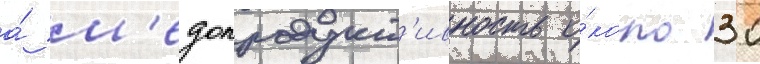
а́ м'едопродукт'ивность о́коло 30